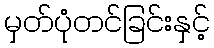
မှတ်ပုံတင်ခြင်းနှင့်